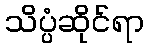
သိပ္ပံဆိုင်ရာ